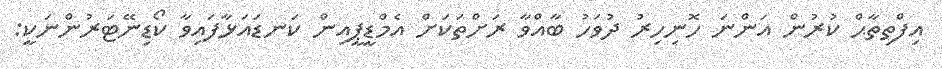
އިފްތިތާޙް ކުރުން އަންނަ ހޮނިހިރު ދުވަހު ބާއްވާ ރަށްތަކަށް އެމްޑީޕީއިން ކަނޑައަޅާފައިވާ ކޯޑިނޭޓަރުންނަކީ: